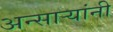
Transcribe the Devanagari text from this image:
अन्साऱ्यांनी